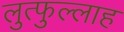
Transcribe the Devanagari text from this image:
लुत्फुल्लाह